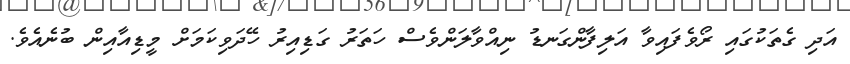
އަދި ގެތަކުގައި ރޯވެފައިވާ އަލިފާންގަނޑު ނިއްވާލަންވެސް ހަތަރު ގަޑިއިރު ހޭދަވިކަމަށް މީޑިއާއިން ބުނެއެވެ.